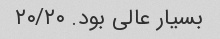
بسیار عالی بود. ۲۰/۲۰